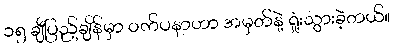
၁၅ ချီပြည့်ချိန်မှာ ဝက်ပနာဟာ အမှတ်နဲ့ ရှုံးသွားခဲ့တယ်။